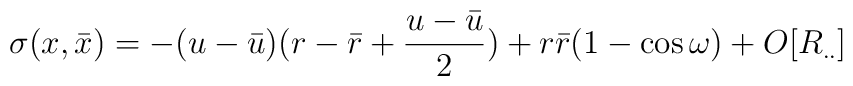
\sigma( x, {\bar x}) = - (u - {\bar u})( r - {\bar r} + \frac{u - {\bar u}}{2}) +r{\bar r}(1 - \cos \omega) + O[R_{..}]